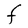
Character: F